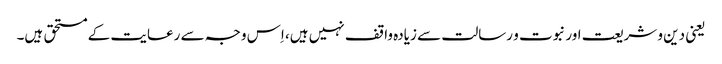
یعنی دین و شریعت اور نبوت و رسالت سے زیادہ واقف نہیں ہیں، اِس وجہ سے رعایت کے مستحق ہیں۔